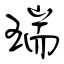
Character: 瑞